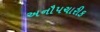
અનૌપચારીક